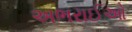
અભરાઈઓ